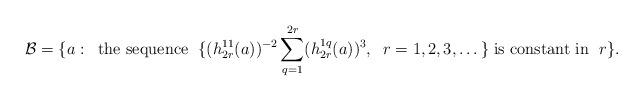
LaTeX: \begin{align*} {\mathcal B} = \{a:\; \;\mbox{the sequence }\; \{(h_{2r}^{11}(a))^{-2}\sum_{q = 1}^{2r} (h_{2r}^{1 q}(a))^3, \;\; r = 1, 2, 3, \dots \}\; \mbox{is constant in }\; r\}. \end{align*}